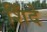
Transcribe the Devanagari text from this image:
शिँदे